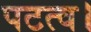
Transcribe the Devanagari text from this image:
पटत्व।